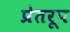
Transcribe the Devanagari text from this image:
प्रेतरूप